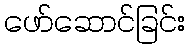
ဖော်ဆောင်ခြင်း